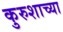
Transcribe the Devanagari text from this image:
कुरुशाच्या